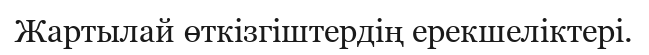
Жартылай өткізгіштердің ерекшеліктері.